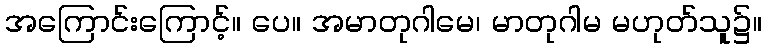
အကြောင်းကြောင့်။ ပေ။ အမာတုဂါမေ၊ မာတုဂါမ မဟုတ်သူ၌။